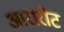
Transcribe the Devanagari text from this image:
आरारोट